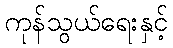
ကုန်သွယ်ရေးနှင့်